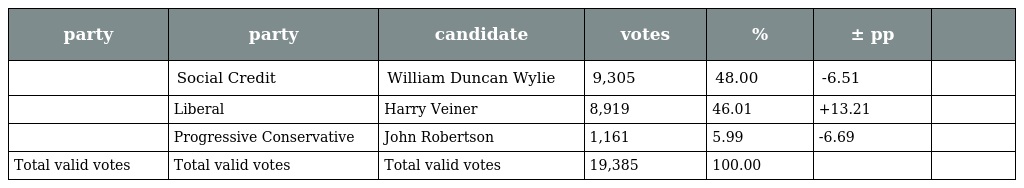
| party | party | candidate | votes | % | ± pp |  |
 | --- | --- | --- | --- | --- | --- | --- |
 |  | Social Credit | William Duncan Wylie | 9,305 | 48.00 | -6.51 |  |
 |  | Liberal | Harry Veiner | 8,919 | 46.01 | +13.21 |  |
 |  | Progressive Conservative | John Robertson | 1,161 | 5.99 | -6.69 |  |
 | Total valid votes | Total valid votes | Total valid votes | 19,385 | 100.00 |  |  |